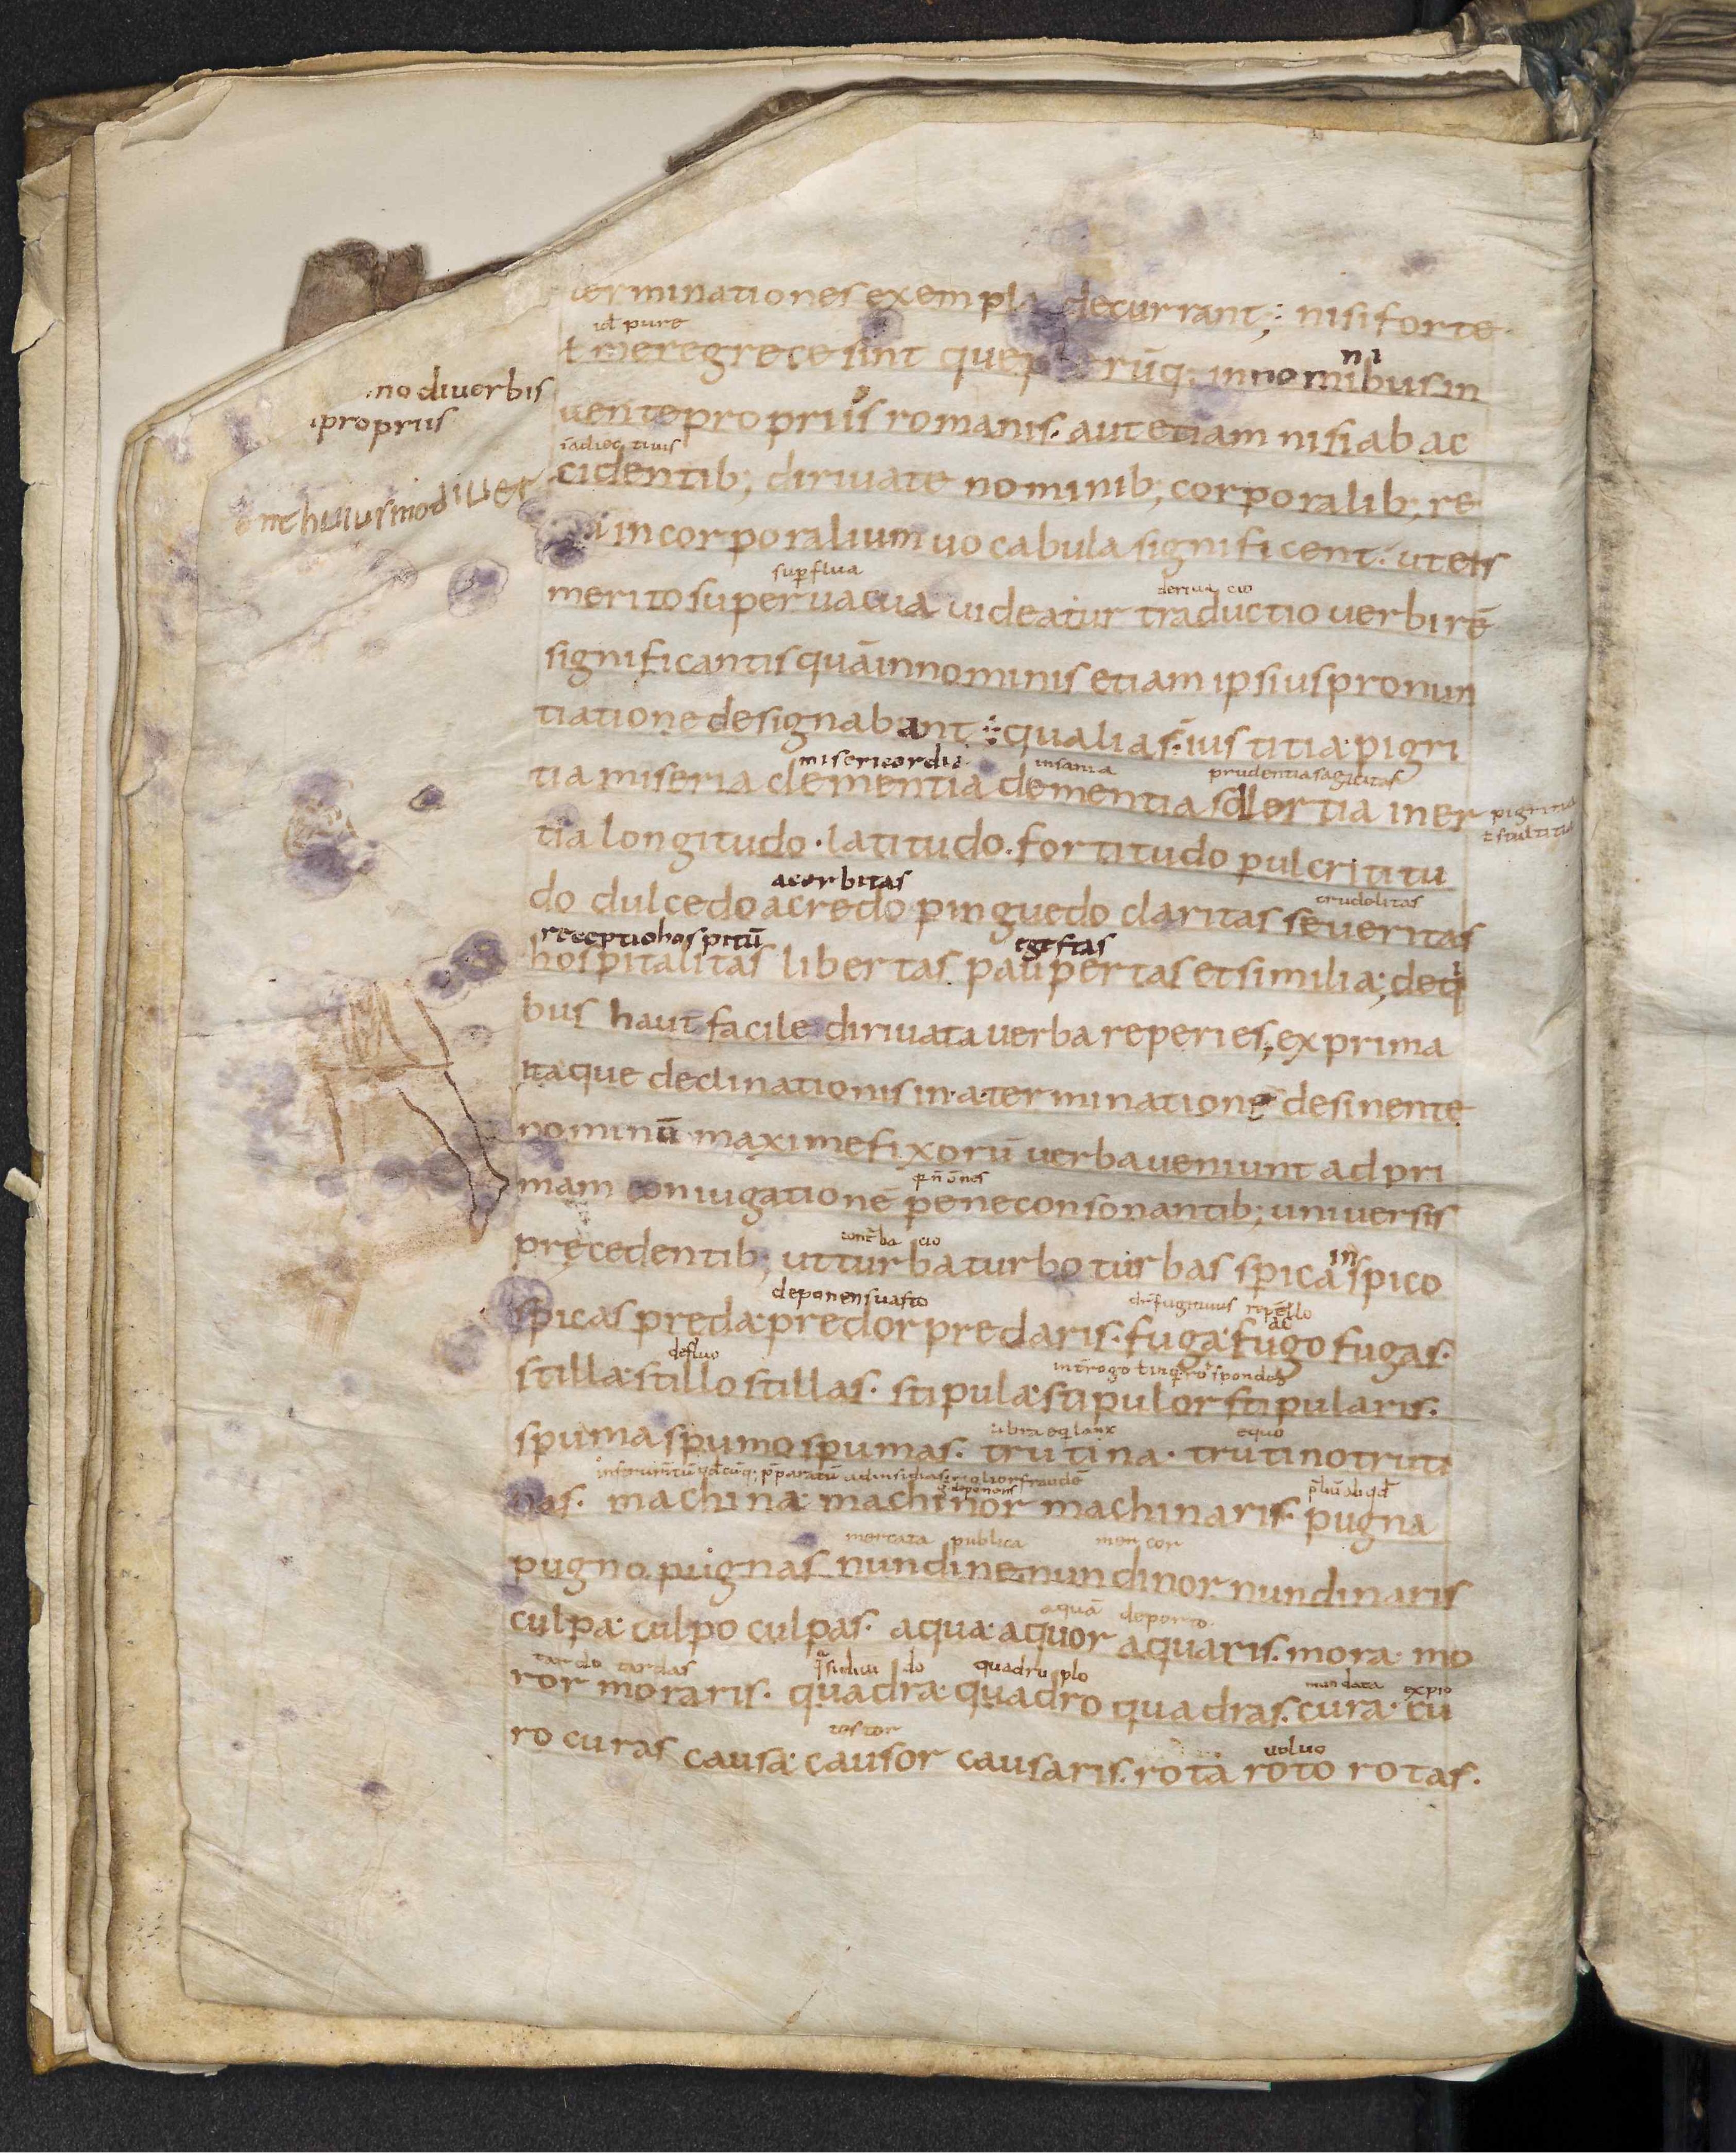
Shelfmark: Leiden, Bibliotheek der Rijksuniversiteit, Voss. Lat. O 41
Century: 9